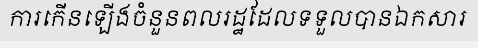
ការកើនឡើងចំនួនពលរដ្ឋដែលទទួលបានឯកសារ